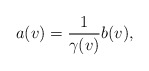
\begin{align*} a(v)=\frac{1}{\gamma(v)}b(v),\end{align*}